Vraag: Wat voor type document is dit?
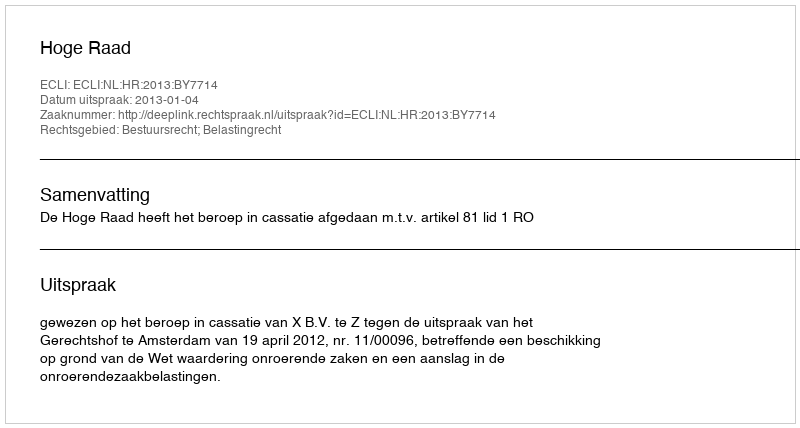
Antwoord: Uitspraak